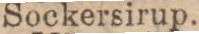
Sockersirup.